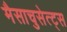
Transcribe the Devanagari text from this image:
मैसाचुसेत्ट्स